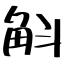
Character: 斛